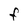
Character: F